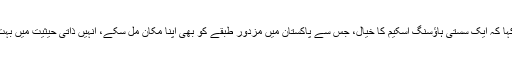
انیل مسرت نے کہا کہ ایک سستی ہاؤسنگ اسکیم کا خیال، جس سے پاکستان میں مزدور طبقے کو بھی اپنا مکان مل سکے، انہیں ذاتی حیثیت میں بہت متاثر کرتا ہے۔